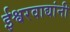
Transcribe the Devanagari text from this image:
ईश्वरवाद्यांनी